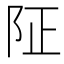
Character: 阷